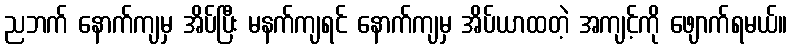
ညဘက် နောက်ကျမှ အိပ်ပြီး မနက်ကျရင် နောက်ကျမှ အိပ်ယာထတဲ့ အကျင့်ကို ဖျောက်ရမယ်။